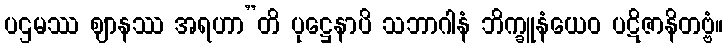
ပဌမဿ ဈာနဿ အရဟာ”တိ ပုဋ္ဌေနာပိ သဘာဂါနံ ဘိက္ခူနံယေဝ ပဋိဇာနိတဗ္ဗံ။